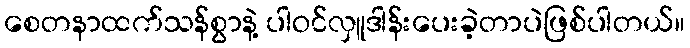
စေတနာထက်သန်စွာနဲ့ ပါဝင်လှူဒါန်းပေးခဲ့တာပဲဖြစ်ပါတယ်။